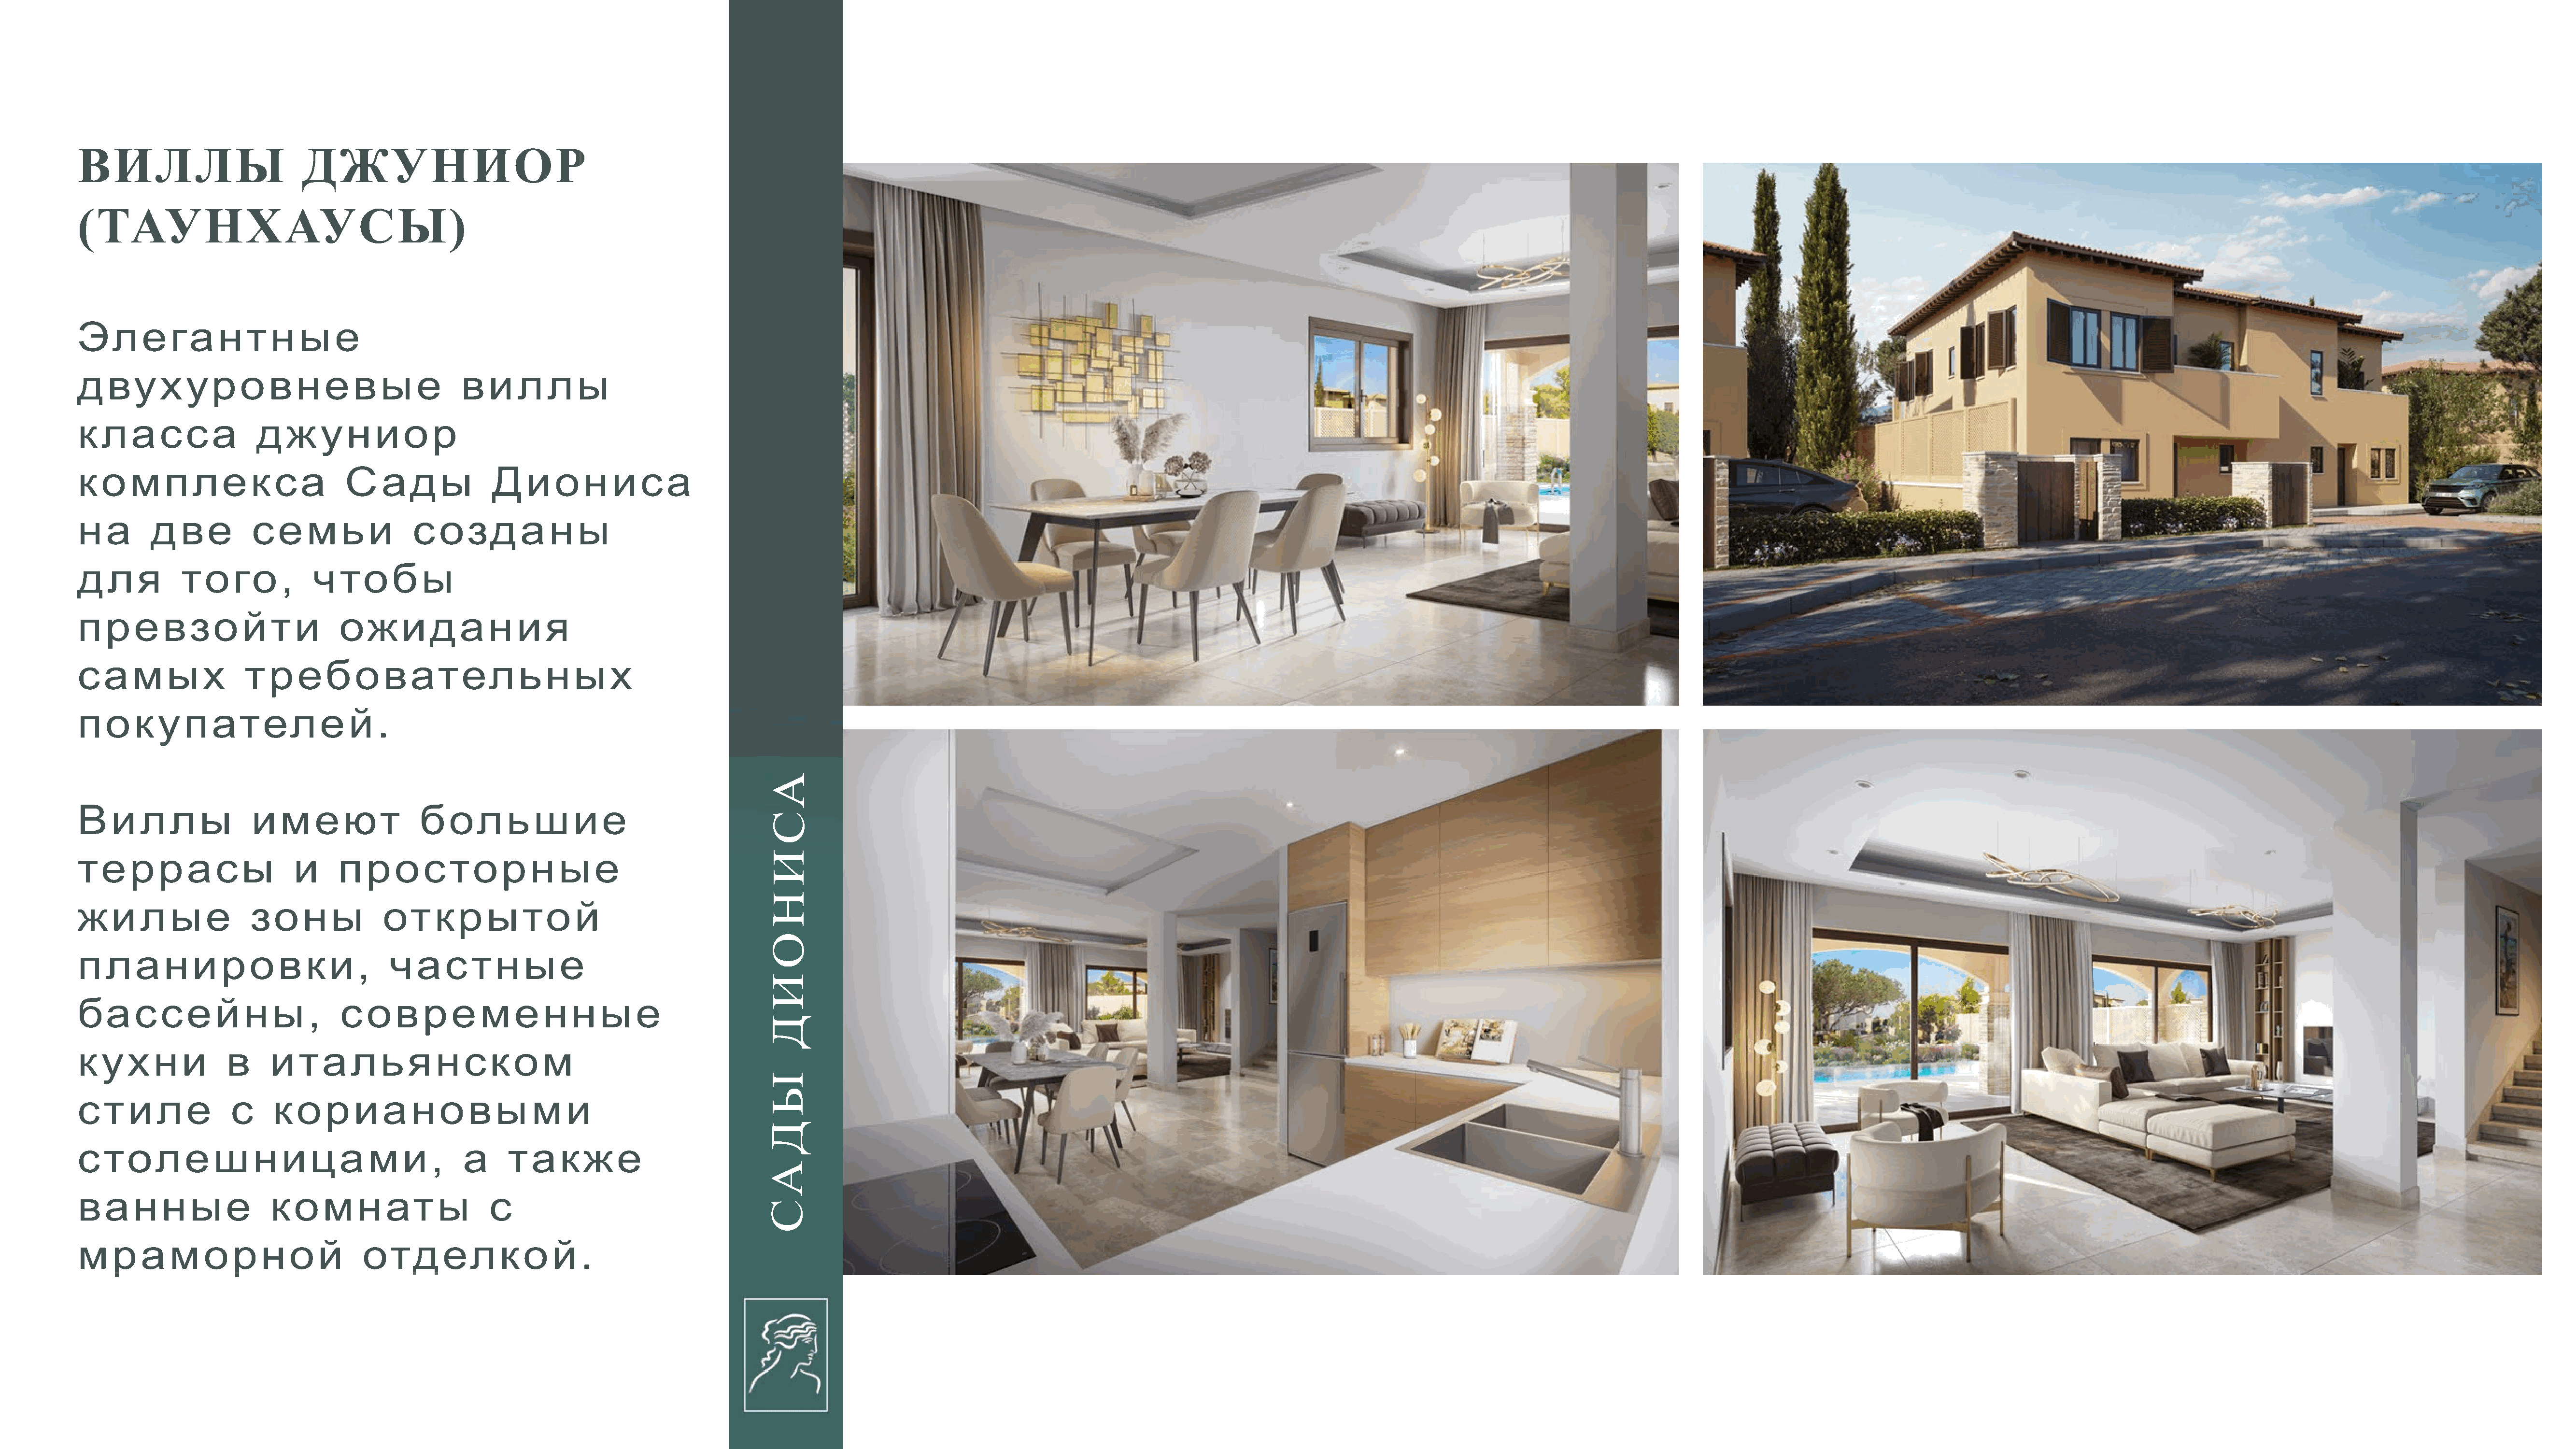
ВИЛЛЫ                         ДЖУНИОР
 (ТАУНХАУСЫ)
 Элегантные
 двухуровневые                                       виллы
 класса                  джуниор
 комплекса                           Сады                Диониса
 на        две           семьи                 созданы
 для           того,             чтобы
 превзойти                           ожидания
 ссааммыыхх             ттрребовательных
 покупателей.
 А
 С
 Виллы                  имеют                   большие
 И
 террасы                      и     просторные
 Н
 жилые                  зоны              открытой
 О
 планировки,                               частные
 И
 бассейны,                           современные                                                Д
 кухни               в     итальянском
 Ы
 стиле                с    кориановыми
 Д
 ссттолешницами,                                     а      также                               А
 С
 ванные                    комнаты                       с
 мраморной                              отделкой.